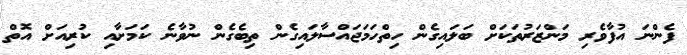
ފެންނަ އުފާވެރި މަންޒަރުތަކަށް ބަލައިގެން ހިތްހަމަޖައްސާލައިގެން ތިބެގެން ނުވާނެ ކަމަށާއި ކުރިއަށް އޮތް